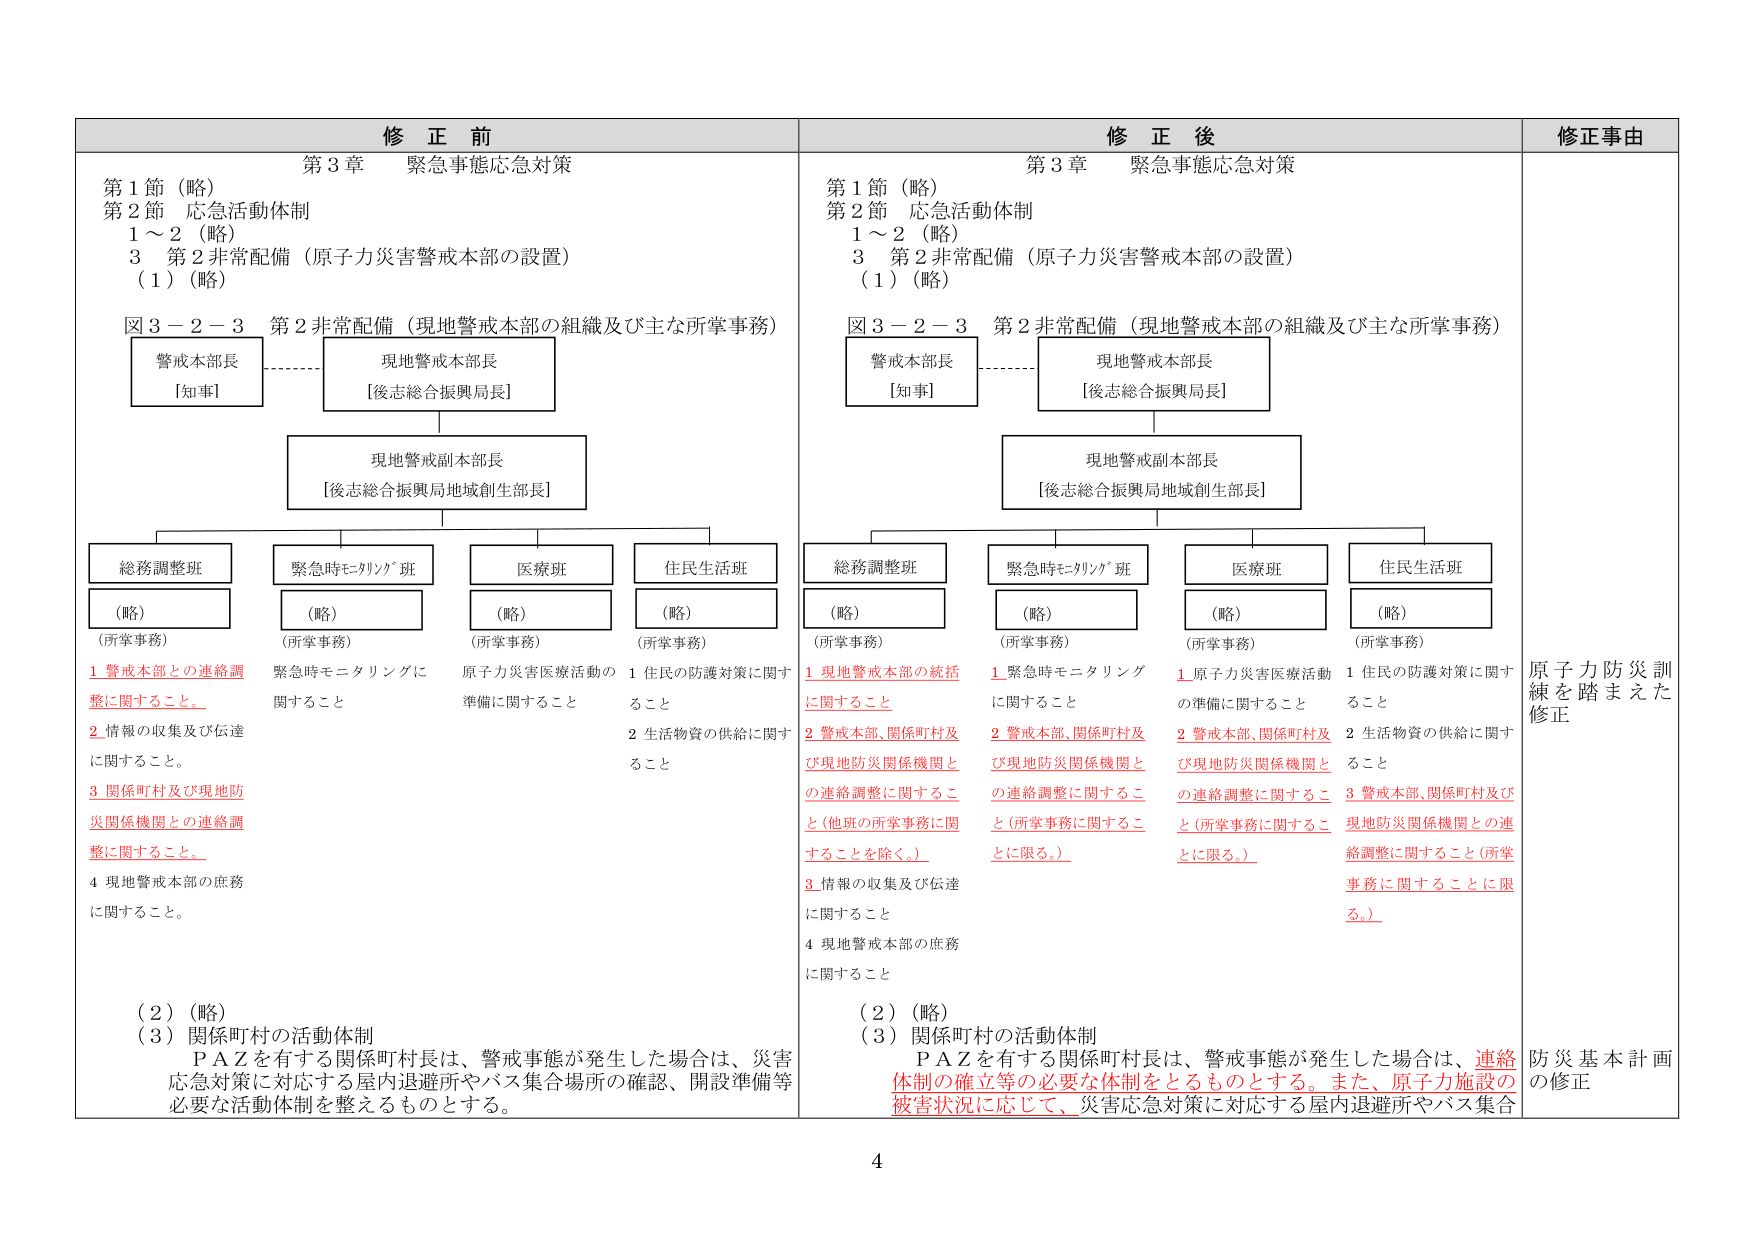
修正前
第3章 緊急事態応急対策
第1節（略）
第2節 応急活動体制
1～2（略）
3 第2非常配備（原子力災害警戒本部の設置）
（1）（略）
図3－2－3 第2非常配備（現地警戒本部の組織及び主な所掌事務）
警戒本部長
[知事]
現地警戒本部長
[後志総合振興局長]
現地警戒副本部長
[後志総合振興局地域創生部長]
総務調整班
（略）
（所掌事務）
1 警戒本部との連絡調整に関すること。
2 情報の収集及び伝達に関すること。
3 関係町村及び現地防災関係機関との連絡調整に関すること。
4 現地警戒本部の庶務に関すること。
緊急時モニタリング班
（略）
（所掌事務）
緊急時モニタリングに関すること
医療班
（略）
（所掌事務）
原子力災害医療活動の準備に関すること
住民生活班
（略）
（所掌事務）
1 住民の防護対策に関すること
2 生活物資の供給に関すること
（2）（略）
（3）関係町村の活動体制
ＰＡＺを有する関係町村長は、警戒事態が発生した場合は、災害応急対策に対応する屋内退避所やバス集合場所の確認、開設準備等必要な活動体制を整えるものとする。

修正後
第3章 緊急事態応急対策
第1節（略）
第2節 応急活動体制
1～2（略）
3 第2非常配備（原子力災害警戒本部の設置）
（1）（略）
図3－2－3 第2非常配備（現地警戒本部の組織及び主な所掌事務）
警戒本部長
[知事]
現地警戒本部長
[後志総合振興局長]
現地警戒副本部長
[後志総合振興局地域創生部長]
総務調整班
（略）
（所掌事務）
1 現地警戒本部の統括に関すること
2 警戒本部、関係町村及び現地防災関係機関との連絡調整に関すること（他班の所掌事務に関することを除く。）
3 情報の収集及び伝達に関すること
4 現地警戒本部の庶務に関すること
緊急時モニタリング班
（略）
（所掌事務）
1 緊急時モニタリングに関すること
2 警戒本部、関係町村及び現地防災関係機関との連絡調整に関すること（所掌事務に関することに限る。）
医療班
（略）
（所掌事務）
1 原子力災害医療活動の準備に関すること
2 警戒本部、関係町村及び現地防災関係機関との連絡調整に関すること（所掌事務に関することに限る。）
住民生活班
（略）
（所掌事務）
1 住民の防護対策に関すること
2 生活物資の供給に関すること
3 警戒本部、関係町村及び現地防災関係機関との連絡調整に関すること（所掌事務に関することに限る。）
（2）（略）
（3）関係町村の活動体制
ＰＡＺを有する関係町村長は、警戒事態が発生した場合は、連絡体制の確立等の必要な体制をとるものとする。また、原子力施設の被害状況に応じて、災害応急対策に対応する屋内退避所やバス集合

修正事由
原子力防災訓練を踏まえた修正
防災基本計画の修正

4